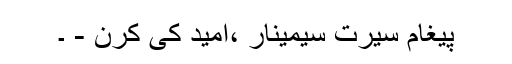
پیغام سیرت سیمینار ،امید کی کرن - ۔